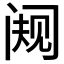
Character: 𬮭